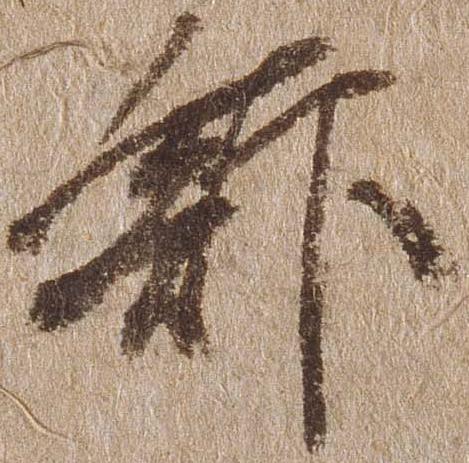
館